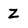
Character: Z